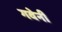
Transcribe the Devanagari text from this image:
गवेनी